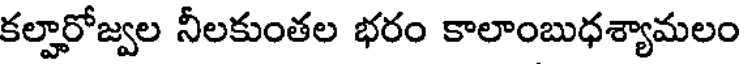
కల్హారోజ్వల నీలకుంతల భరం కాలాంబుధశ్యామలం